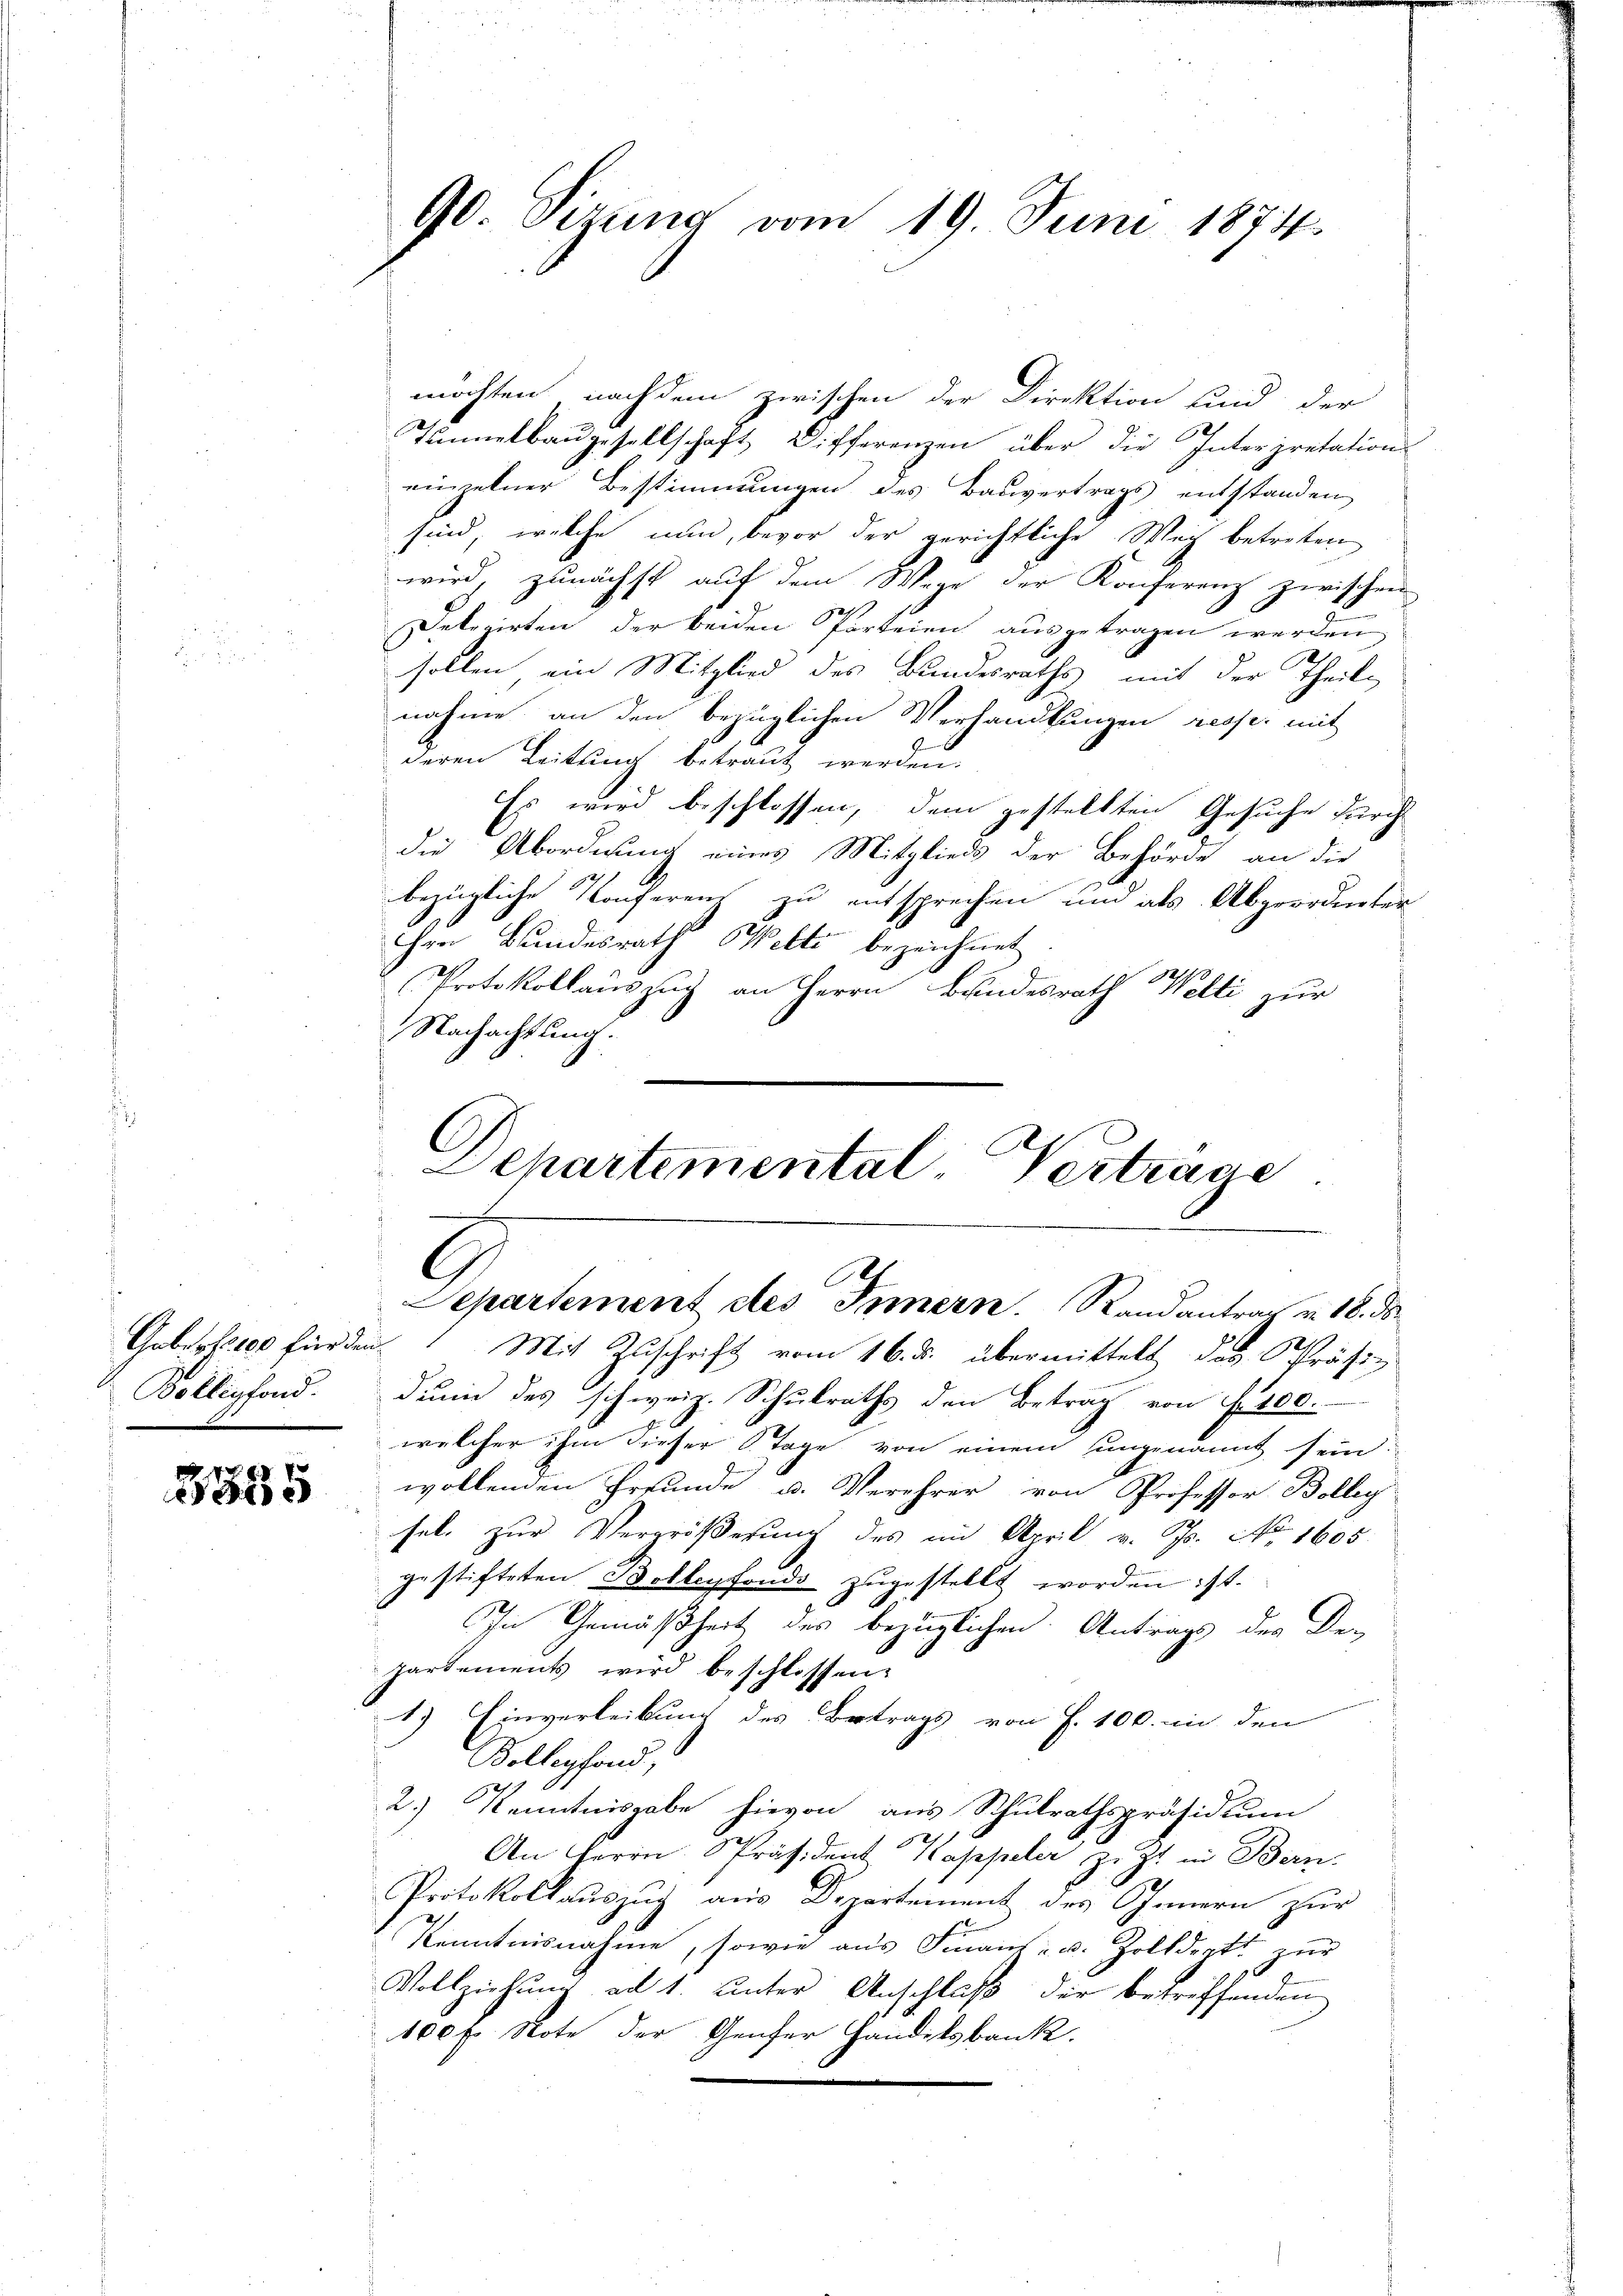
Goberk. 100 für den
Bolligfond.

e
1885

möchten, nachdem zwischen der Direktion und der
Tannelbaŭgesellschaft Differenzen über die Interpretation
einzelner Bestimmungen des Bauvertrags entstanden
sind, welche nun, bevor der gerichtliche Weg betreten
wird, zunächst auf dem Wege der Konferenz zwischen
s
Delegirten der beiden Parteien ausgetragen werden
sollen ein Mitglied des Bundesraths mit der Theile
nahme an den bezüglichen Verhandlungen resp. mit
deren Leitung betraut werden.
Es wird beschlossen, dem gestellten Gesuche durch
die Abordnung eines Mitglieds der Behörde an die
bezügliche Konferen zu entsprechen und als Abgeordneter
hen Bundesrath Welti bezeichnet
Protokollauszug an Herrn Bundesrath Welti zur
Nachachtung.
Mit Zuschrift vom 16. ds. übermittelt das Präsidum des schweiz. Schulraths den Betrag von f. 400.
welcher ihm dieser Tage von einem ungenannt sein.
wollenden Grunde u. Verehrer von Professor Bolleg
hel zur Vergrößerung des im April v. Js. No. 1605
gestifteten Bollenfonds zugestellt worden ist.
In Gemäßheit des bezüglichen Antrags des De-
partements wird beschlossen:
1.) Einverleibung des Betrags von S. 100. in den
Kollegfond,
2.) Kenntnisgabe hievon aus Schulrathspräsidium
2
An Herrn Präsident appeler z. Zt. in Bern-
Protokollauszug aus Departement des Innern zur
Kenntnisnahme, sowie aus Finanz- u. Zolldort zur
Vollziehung ad 1. unter Anschluß der betreffenden
100 f. Note der Genfer Handelsbank.

90. Sizung vom 19 Juni 1874.

C
Lepartemental, Vertrage
G
Separtement des Innern. Randantrag v. 18. ds